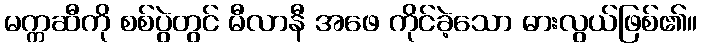
မက္ကဆီကို စစ်ပွဲတွင် မီလာနီ အဖေ ကိုင်ခဲ့သော ဓားလွယ်ဖြစ်၏။